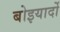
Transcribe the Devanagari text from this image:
बोइयार्दो